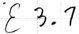
Text: E3.1